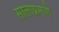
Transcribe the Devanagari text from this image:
सालाप्रमाणे